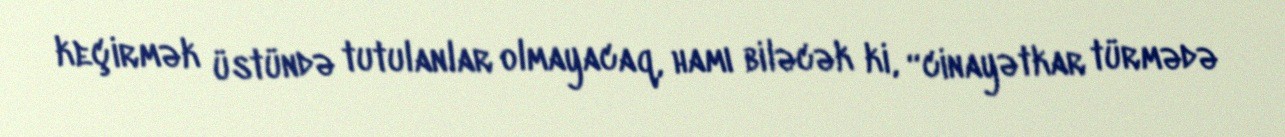
keçirmək üstündə tutulanlar olmayacaq, hamı biləcək ki, “cinayətkar türmədə